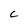
Character: C